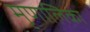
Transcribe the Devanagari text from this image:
मृणालिका